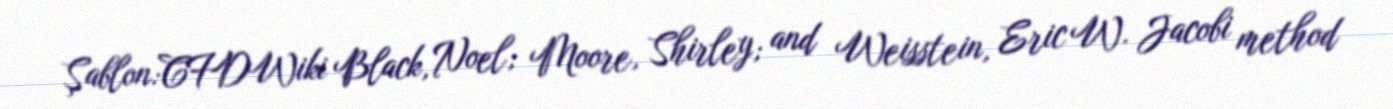
Şablon:CFDWiki Black, Noel; Moore, Shirley; and Weisstein, Eric W. Jacobi method